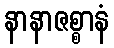
နာနာဇစ္စာနံ